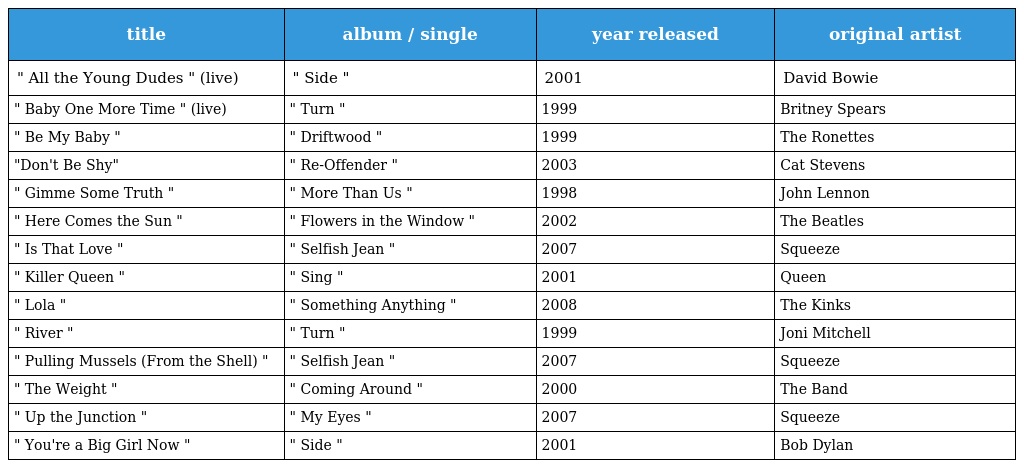
| title | album / single | year released | original artist |
 | --- | --- | --- | --- |
 | " All the Young Dudes " (live) | " Side " | 2001 | David Bowie |
 | " Baby One More Time " (live) | " Turn " | 1999 | Britney Spears |
 | " Be My Baby " | " Driftwood " | 1999 | The Ronettes |
 | "Don't Be Shy" | " Re-Offender " | 2003 | Cat Stevens |
 | " Gimme Some Truth " | " More Than Us " | 1998 | John Lennon |
 | " Here Comes the Sun " | " Flowers in the Window " | 2002 | The Beatles |
 | " Is That Love " | " Selfish Jean " | 2007 | Squeeze |
 | " Killer Queen " | " Sing " | 2001 | Queen |
 | " Lola " | " Something Anything " | 2008 | The Kinks |
 | " River " | " Turn " | 1999 | Joni Mitchell |
 | " Pulling Mussels (From the Shell) " | " Selfish Jean " | 2007 | Squeeze |
 | " The Weight " | " Coming Around " | 2000 | The Band |
 | " Up the Junction " | " My Eyes " | 2007 | Squeeze |
 | " You're a Big Girl Now " | " Side " | 2001 | Bob Dylan |